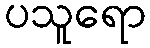
ပသူရော